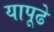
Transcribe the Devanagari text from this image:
यापूढे